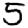
Digit: 5